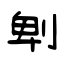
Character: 𠜱